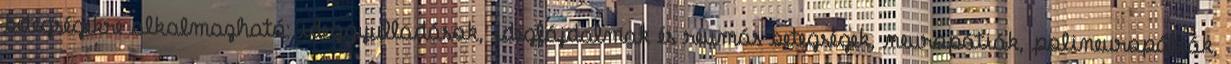
betegségekre alkalmazható: ideggyulladások, idegfájdalmak és reumás betegségek, neuropátiák, polineuropátiák,